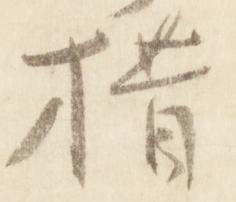
措